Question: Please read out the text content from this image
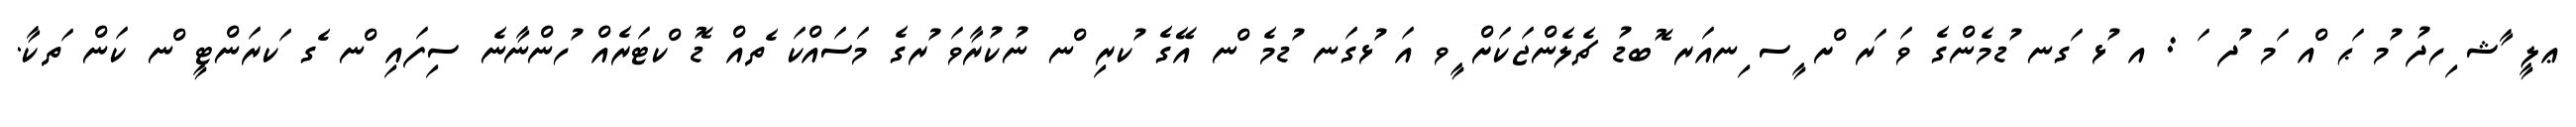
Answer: ޢލީ ާޝ ިހދު ުމ ަޙ ްއ ަމ ުދ ަ : އ ުޅ ަގނ ުޑމެންގެ ވަ ަރ ްށ ީސ ިނއަރ ޮބޑު ޗެލެންޖަކަށް ީވ އަ ުޅގަނ ުޑމެ ްނ އޭގެ ުކރި ްނ ނުކުރާވަ ުރގެ މަސައްކަ ެތއް ޑޮ ްކޓަރެއް ުހންނާނެ ސިފައި ްނ ެގ ަކރަންޓީ ްނ ކަން ަތކާ.